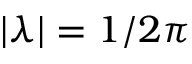
| \lambda | = 1 / 2 \pi